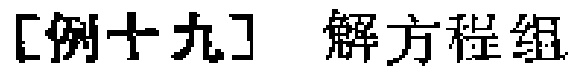
[例十九] 解方程组